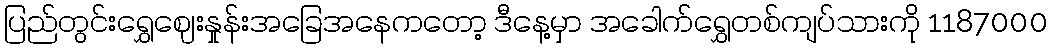
ပြည်တွင်းရွှေဈေးနှုန်းအခြေအနေကတော့ ဒီနေ့မှာ အခေါက်ရွှေတစ်ကျပ်သားကို 1187000